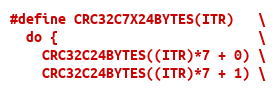
Language: C++
#define CRC32C7X24BYTES(ITR)   \
  do {                         \
    CRC32C24BYTES((ITR)*7 + 0) \
    CRC32C24BYTES((ITR)*7 + 1) \